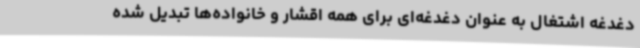
دغدغه اشتغال به عنوان دغدغه‌ای برای همه اقشار و خانواده‌ها تبدیل شده